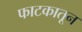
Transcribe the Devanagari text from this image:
फाटकातून